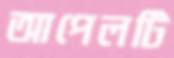
আপেলটি